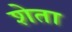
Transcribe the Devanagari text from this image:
शेता